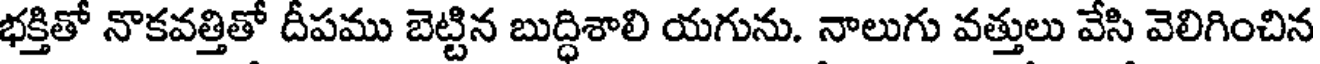
భక్తితో నొకవత్తితో దీపము బెట్టిన బుద్ధిశాలి యగును. నాలుగు వత్తులు వేసి వెలిగించిన